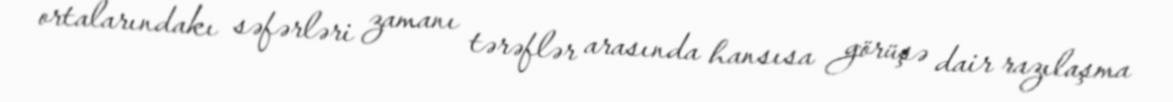
ortalarındakı səfərləri zamanı tərəflər arasında hansısa görüşə dair razılaşma